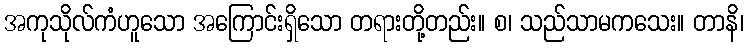
အကုသိုလ်ကံဟူသော အကြောင်းရှိသော တရားတို့တည်း။ စ၊ သည်သာမကသေး။ တာနိ၊